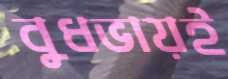
বুধভায়ই